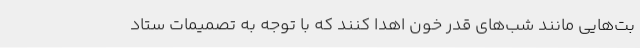
بت‌هایی مانند شب‌های قدر خون اهدا کنند که با توجه به تصمیمات ستاد